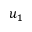
u _ { 1 }